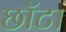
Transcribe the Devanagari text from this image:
छॉटा